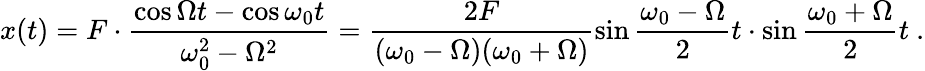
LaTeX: x(t)=F\cdot\frac{\cos\Omega t-\cos\omega_{0}t}{\omega_{0}^{2}-\Omega^{2}}=\frac{2F}{(\omega_{0}-\Omega)(\omega_{0}+\Omega)}\sin\frac{\omega_{0}-\Omega}{2}t\cdot\sin\frac{\omega_{0}+\Omega}{2}t\ .